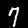
Label: 7